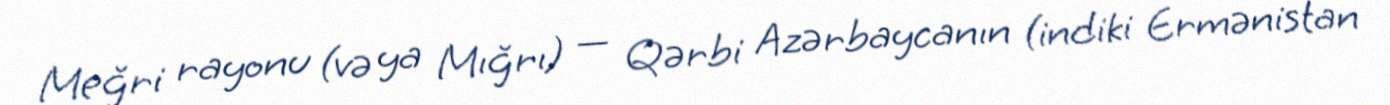
Meğri rayonu (və ya Mığrı) — Qərbi Azərbaycanın (indiki Ermənistan